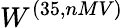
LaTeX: W^{(35,nMV)}